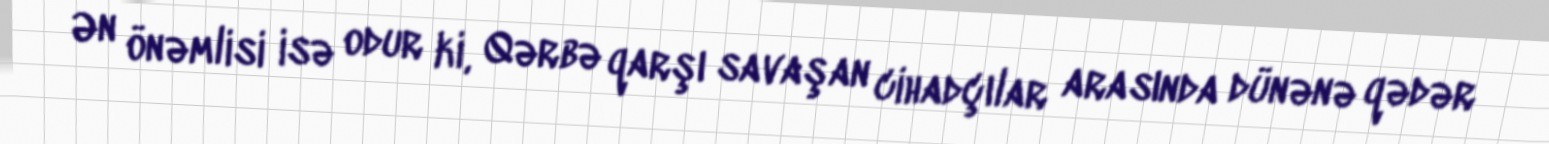
Ən önəmlisi isə odur ki, Qərbə qarşı savaşan cihadçılar arasında dünənə qədər